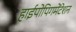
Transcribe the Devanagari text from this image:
हाईपोपिगमेंटेशन